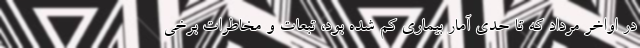
در اواخر مرداد که تا حدی آمار بیماری کم شده بود، تبعات و مخاطرات برخی